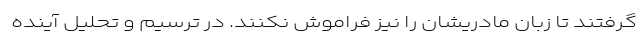
گرفتند تا زبان مادریشان را نیز فراموش نکنند. در ترسیم و تحلیل آینده